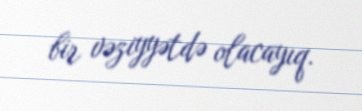
bir vəziyyətdə olacayıq.